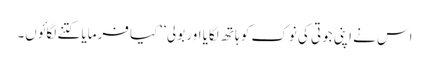
اس نے اپنی جوتی کی نوک کو ہاتھ لگایا اور بولی ’’کیا فرمایا کتنے لگائوں۔